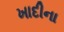
ખાદીના